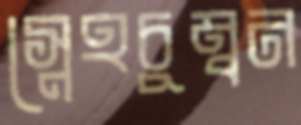
স্নেহচুম্বন